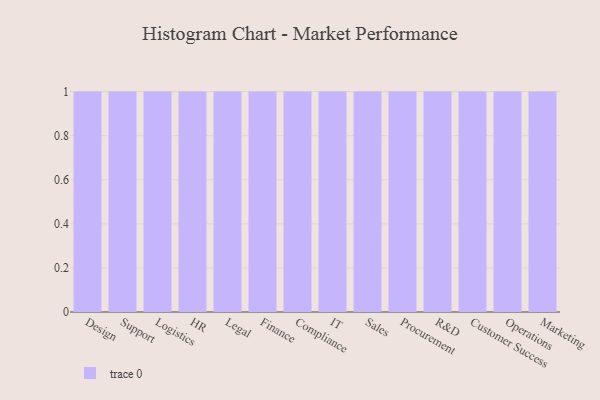
{"axis": {"x": "Department", "y": "Net Income (USD K)"}, "legend": [""], "data": [{"x": "Design", "y": 85, "type": ""}, {"x": "Support", "y": 77, "type": ""}, {"x": "Logistics", "y": 6, "type": ""}, {"x": "HR", "y": 15, "type": ""}, {"x": "Legal", "y": 4, "type": ""}, {"x": "Finance", "y": 48, "type": ""}, {"x": "Compliance", "y": 52, "type": ""}, {"x": "IT", "y": 83, "type": ""}, {"x": "Sales", "y": 6, "type": ""}, {"x": "Procurement", "y": 62, "type": ""}, {"x": "R&D", "y": 40, "type": ""}, {"x": "Customer Success", "y": 94, "type": ""}, {"x": "Operations", "y": 71, "type": ""}, {"x": "Marketing", "y": 12, "type": ""}]}